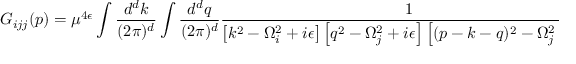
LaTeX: G _ { i j j } ( p ) = \mu ^ { 4 \epsilon } \int \frac { d ^ { d } k } { ( 2 \pi ) ^ { d } } \int \frac { d ^ { d } q } { ( 2 \pi ) ^ { d } } \frac { 1 } { \left[ k ^ { 2 } - \Omega _ { i } ^ { 2 } + i \epsilon \right] \left[ q ^ { 2 } - \Omega _ { j } ^ { 2 } + i \epsilon \right] \left[ ( p - k - q ) ^ { 2 } - \Omega _ { j } ^ { 2 } + i \epsilon \right] } \; .